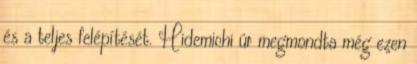
és a teljes felépítését. Hidemichi úr megmondta még ezen